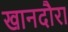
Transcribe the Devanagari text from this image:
खानदौरा